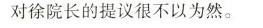
对徐院长的提议很不以为然。